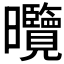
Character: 𭨕